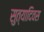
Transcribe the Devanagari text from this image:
सुत्यादिवस